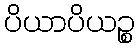
ပိယာပိယဉ္စ